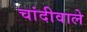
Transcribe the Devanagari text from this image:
चांदीवाले